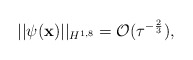
\begin{align*} \vert \vert \psi(\mathbf x) \vert \vert_{H^{1,8}}=\mathcal O(\tau^{-\frac{2}{3}}), \end{align*}